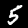
Label: 5